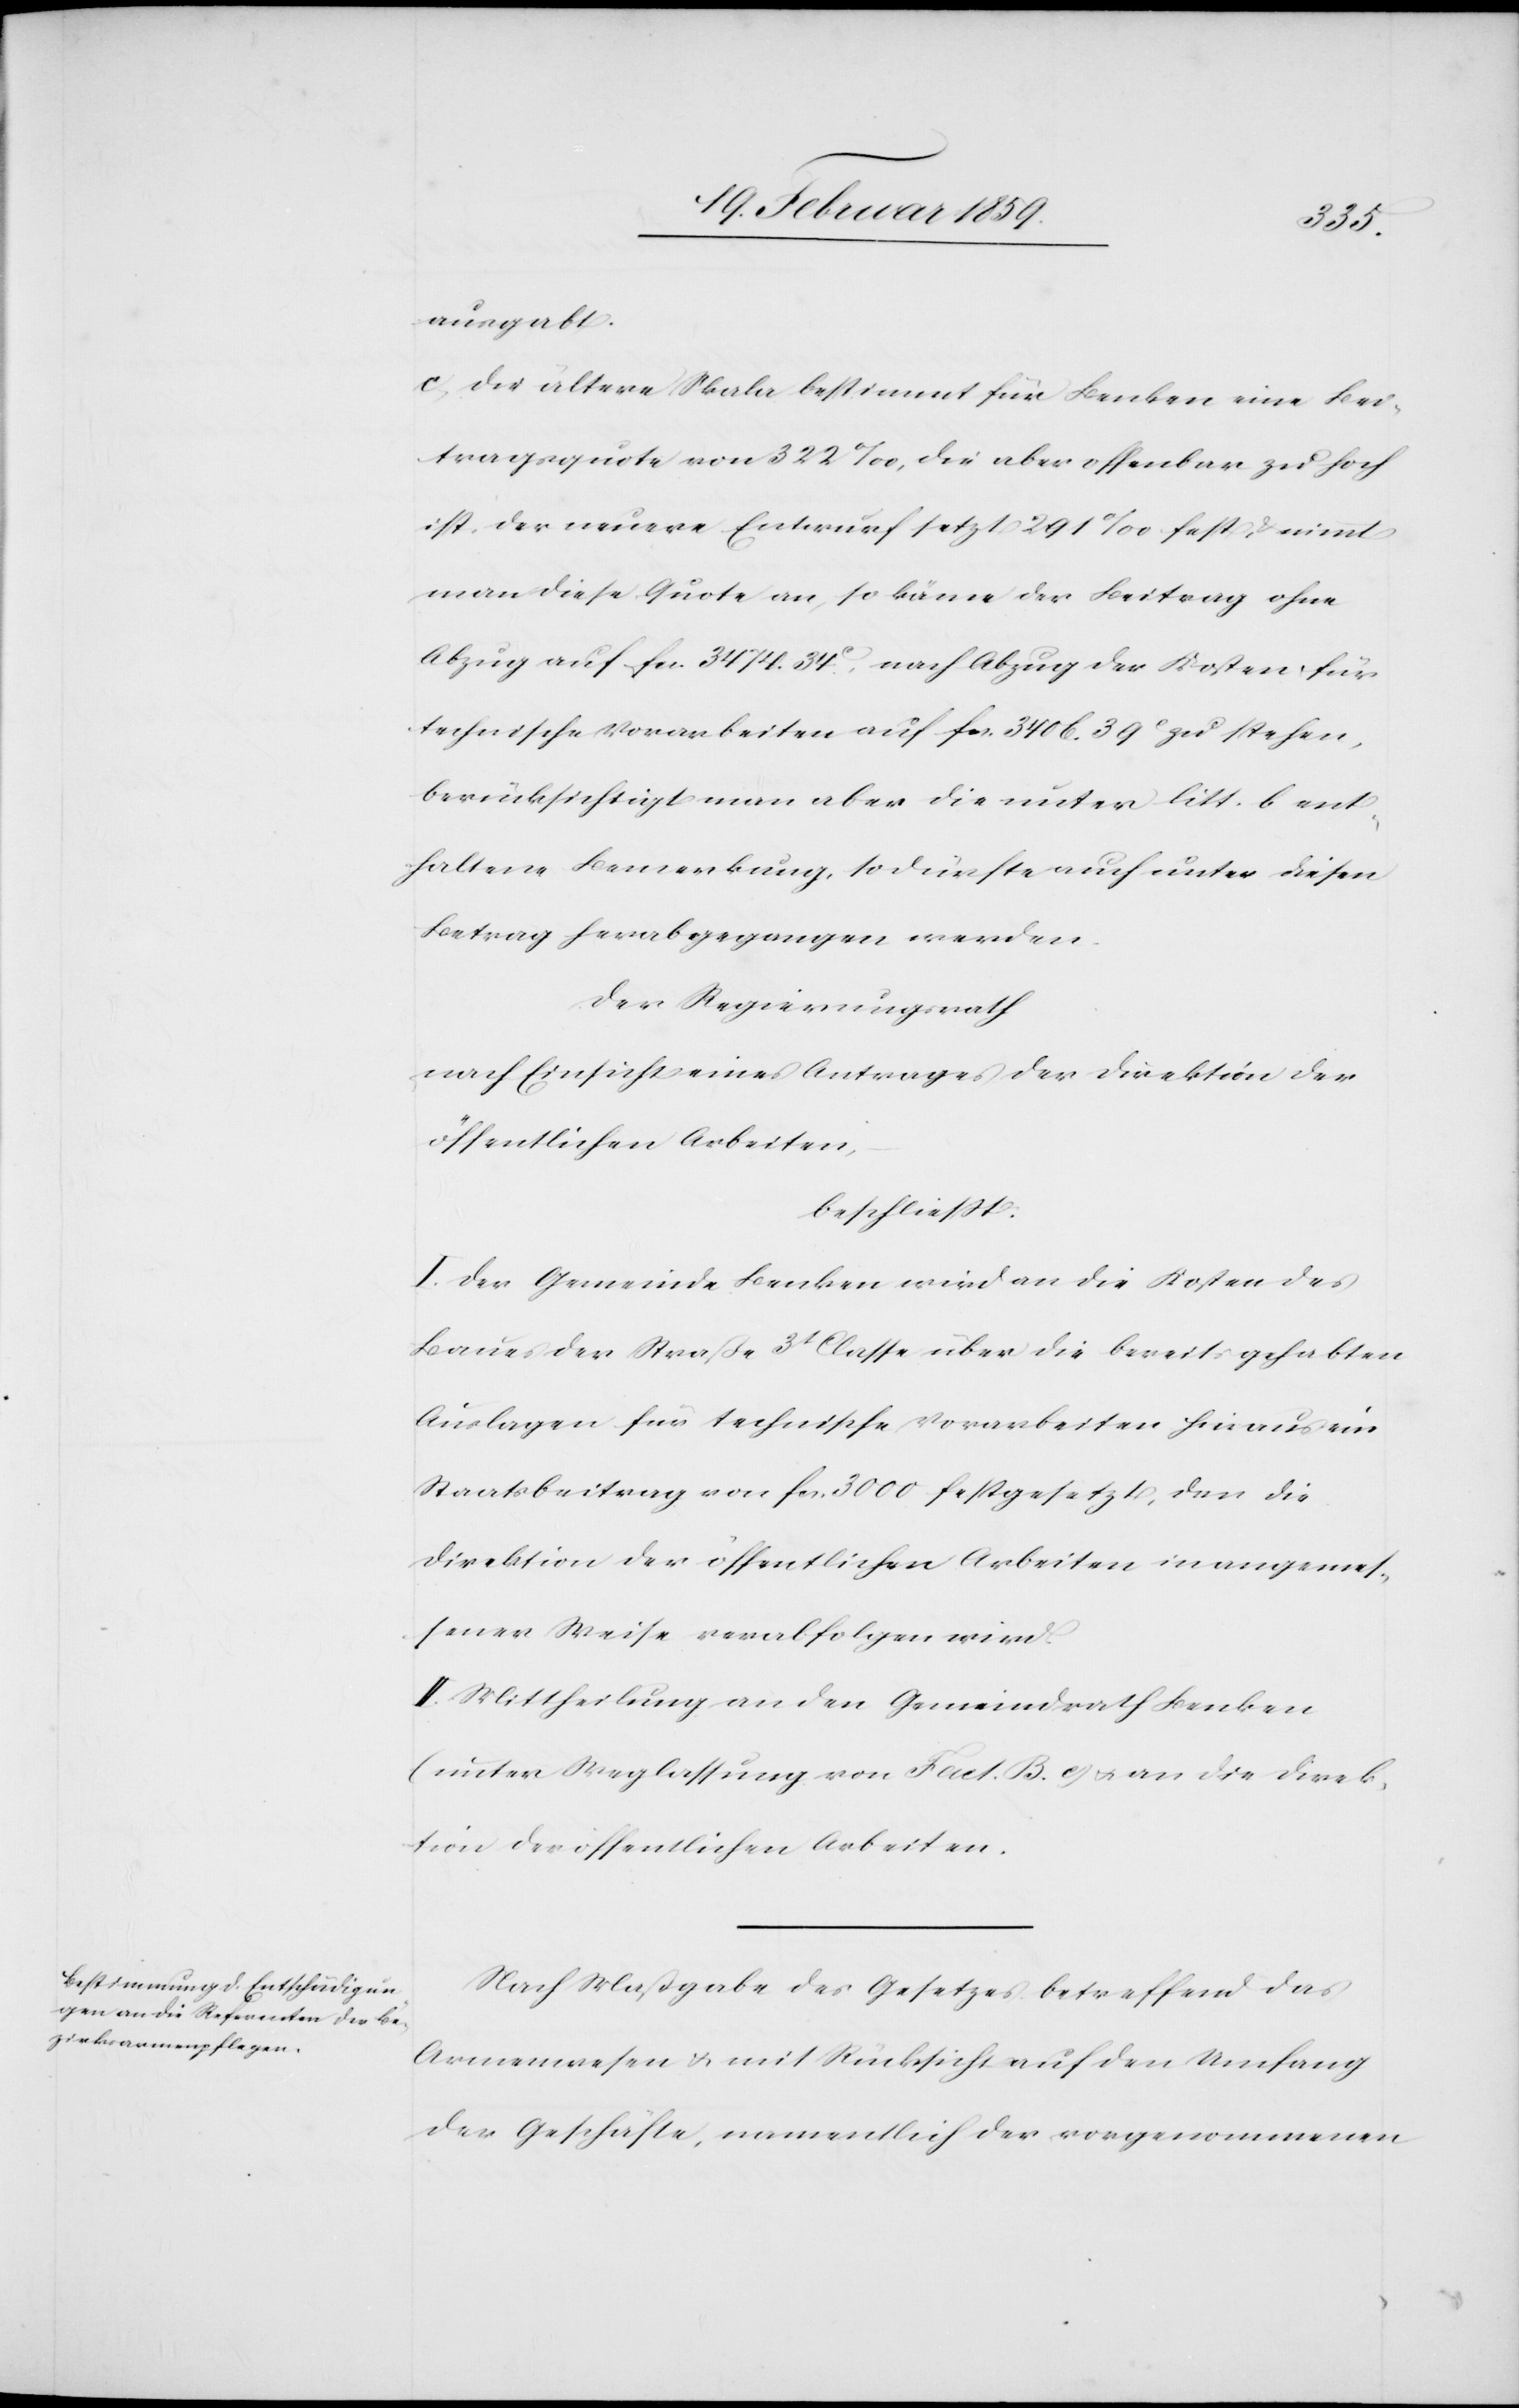
ausgabt.
c) die ältere Skala bestimmt für Benken eine Bei¬
tragsquote von 322 ‰, die aber offenbar zu hoch
ist, der neuere Entwurf setzt 291 ‰ fest, & nimmt
man diese Quote an, so käme der Beitrag ohne
Abzug auf fcs. 3474. 34 c, nach Abzug der Kosten für
technische Vorarbeiten auf fcs. 3406. 39 c zu stehen,
berücksichtigt man aber die unter litt. b ent¬
haltene Bemerkung, so dürfte auch unter diesen
Betrag herabgegangen werden.
Der Regierungsrath
nach Einsicht eines Antrages der Direktion der
öffentlichen Arbeiten,
beschließt:
I. Der Gemeinde Benken wird an die Kosten des
Baues der Straße 3t Classe über die bereits gehabten
Auslagen für technische Vorarbeiten hinaus ein
Staatsbeitrag von fcs. 3000 festgesetzt, den die
Direktion der öffentlichen Arbeiten in angemes¬
sener Weise verabfolgen wird.
II. Mittheilung an den Gemeindrath Benken
(unter Weglassung von Fact. B. c) u. an die Direk¬
tion der öffentlichen Arbeiten.
Nach Maßgabe des Gesetzes betreffend das
Armenwesen u. mit Rücksicht auf den Umfang
der Geschäfte, namentlich der vorgenommenen